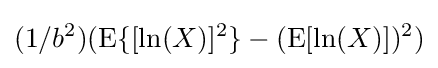
(1/b^{2})(\mathrm {E} \{[\ln(X)]^{2}\}-(\mathrm {E} [\ln(X)])^{2})